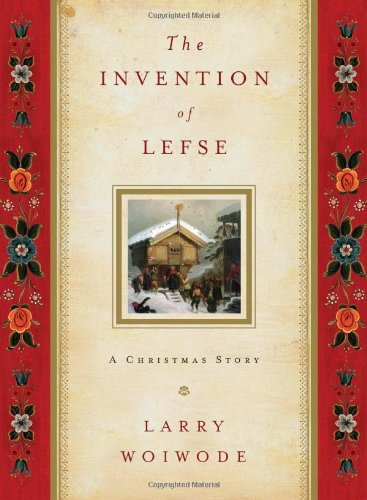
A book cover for The Invention of Lefse: A Christmas Story; Larry Woiwode; Christian Books & Bibles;